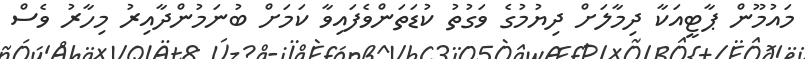
މައުމޫން ޕާޓީއަކާ ދިމާލަށް ދިޔުމުގެ ވަގުތު ކުޑަތަންވެފައިވާ ކަމަށް ބުނަމުންދާއިރު މިހާރު ވެސް